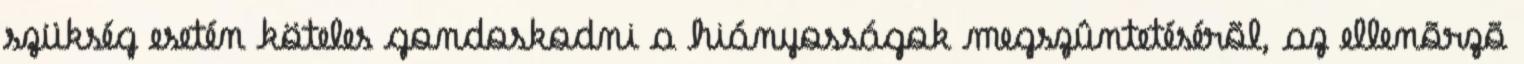
szükség esetén köteles gondoskodni a hiányosságok megszûntetésérõl, az ellenõrzõ